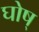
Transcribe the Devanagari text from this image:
घोष्